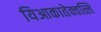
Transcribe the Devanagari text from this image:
यिआकातेक्वत्लि